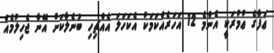
ޢަފާގެ ޢުމުރަކީ އެންމެ 12 އަހަރެއްކަމަކު އެކަހަލަ އެއްޗިހި ބުނެލާކަށް އޭނާ ޖެހިލުމެއް